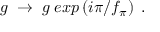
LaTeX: g \; \rightarrow \; g \; e x p \left( i \pi / f _ { \pi } \right) \; .